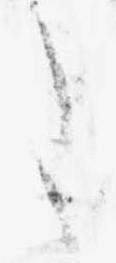
た